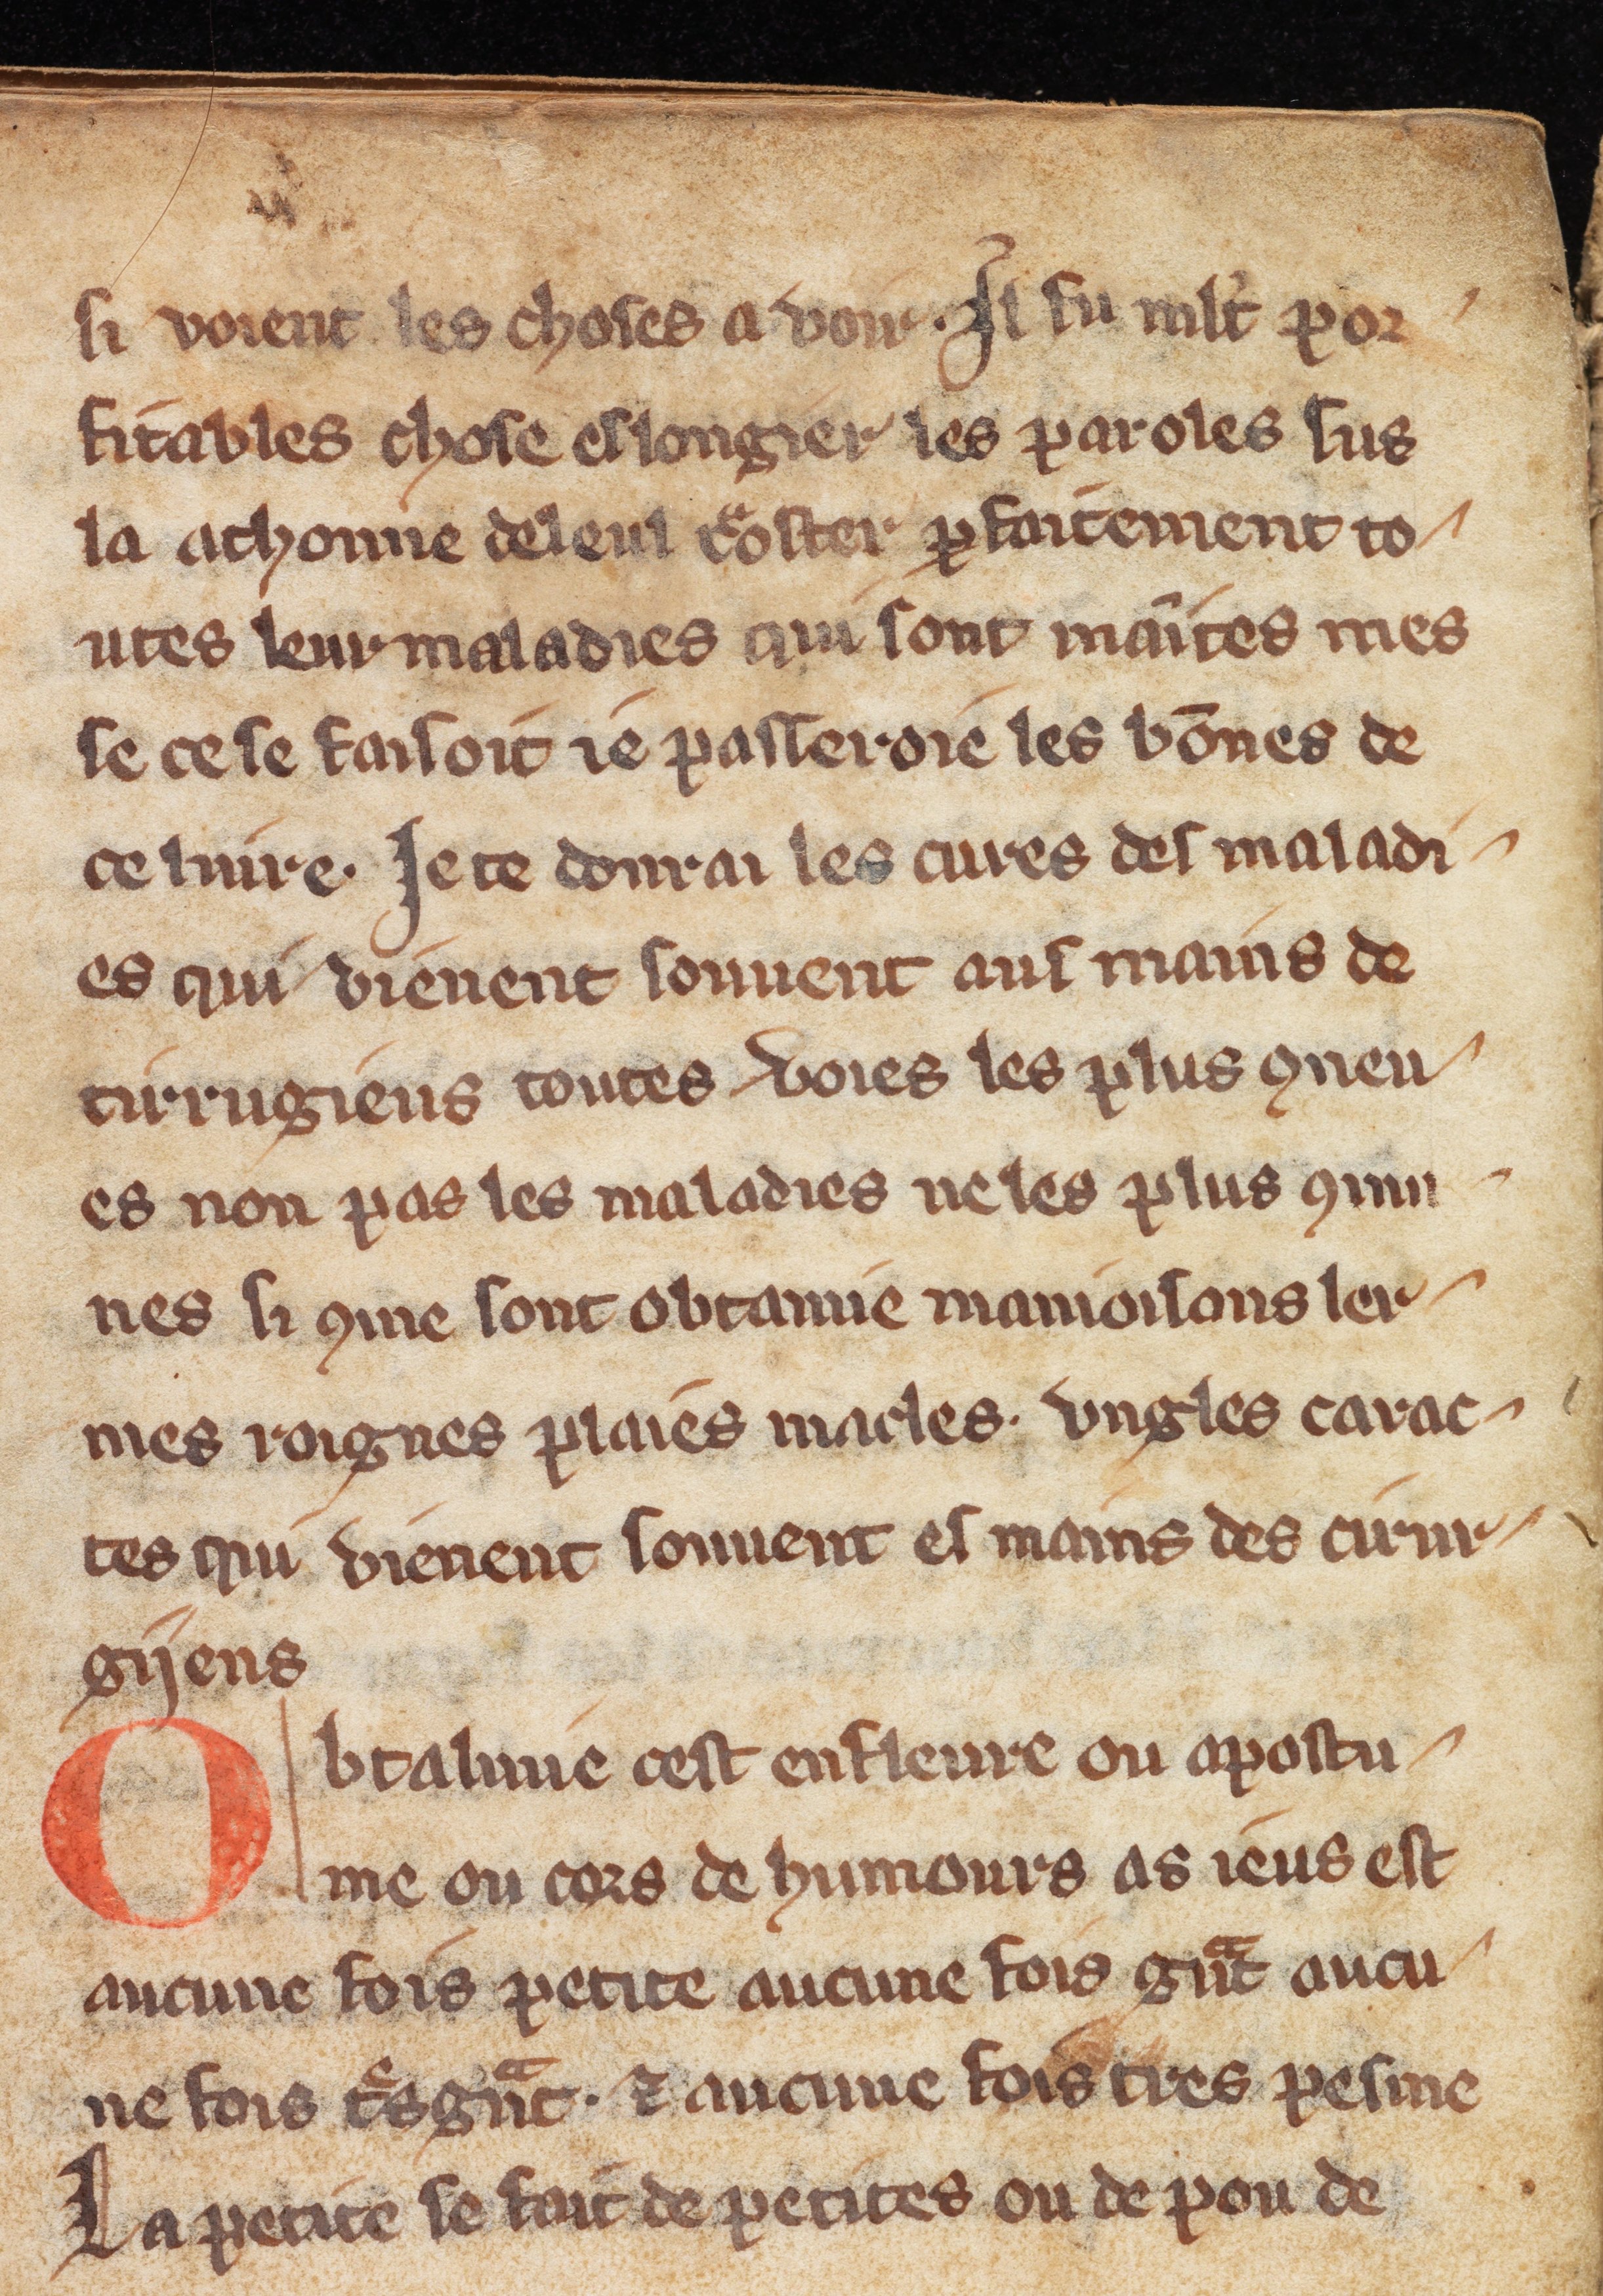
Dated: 1300–1330